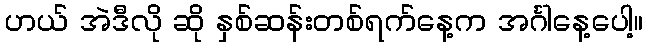
ဟယ် အဲဒီလို ဆို နှစ်ဆန်းတစ်ရက်နေ့က အင်္ဂါနေ့ပေါ့။